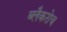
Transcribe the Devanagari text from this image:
ब्लैकरोच